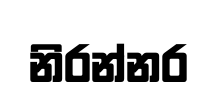
නිරන්නර